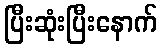
ပြီးဆုံးပြီးနောက်